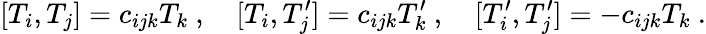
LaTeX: [T_{i},T_{j}]=c_{ijk}T_{k}\ ,\quad[T_{i},T_{j}^{\prime}]=c_{ijk}T_{k}^{\prime}\ ,\quad[T_{i}^{\prime},T_{j}^{\prime}]=-c_{ijk}T_{k}\ .